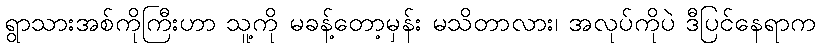
ရွာသားအစ်ကိုကြီးဟာ သူ့ကို မခန့်တော့မှန်း မသိတာလား၊ အလုပ်ကိုပဲ ဒီပြင်နေရာက